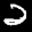
Label: 2